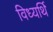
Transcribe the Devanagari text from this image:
विध्यर्थि